Civil Veterinary Dept. Assam report 1911-1927 - 1911-1927
Year: 1911
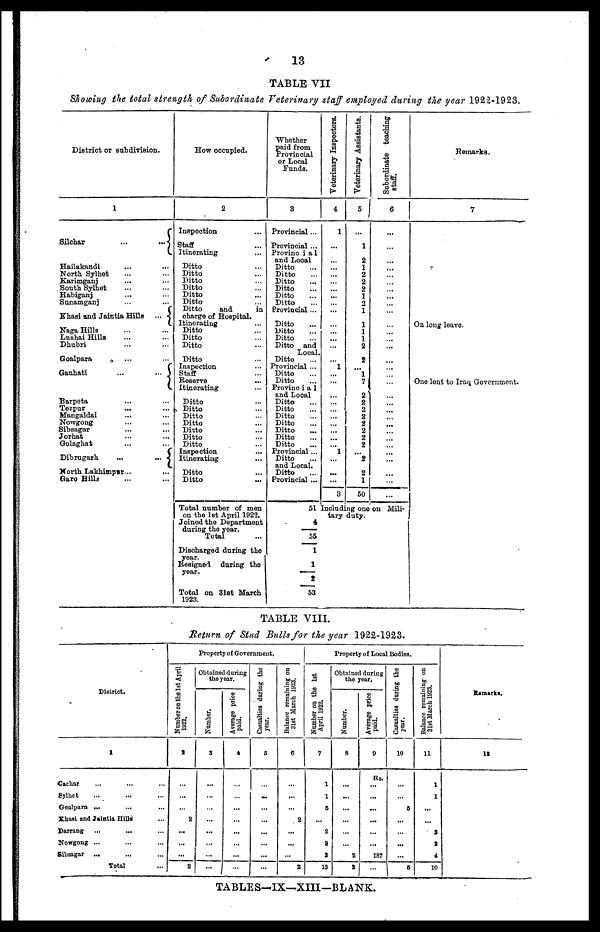
13
TABLE VII
Showing the total strength of Subordinate Veterinary staff employed during the year 1922-1923.
District or subdivision.
1
Silchar
...
...
Hailakandi ... ...
North Sylhet ... ...
Karimganj ... ...
South Sylhet ... ...
Habiganj ... ...
Sunamganj ... ...
Khasi and Jaintia Hills ...
Naga Hills ... ...
Lushai Hills ... ...
Dhubri ... ...
Goalpara ... ...
Gauhati ... ...
Barpeta ... ...
Tezpur
...
...
Mangaldai ... ...
Nowgong ... ...
Sibsagar ... ...
Jorhat ... ...
Golaghat ... ...
Dibrugarh ... ...
North Lakhimpur ... ...
Garo Hills ... ...
How occupied.
2
Inspection ...
Staff ...
Itinerating ...
Ditto ...
Ditto ...
Ditto ...
Ditto ...
Ditto ...
Ditto ...
Ditto
and
in
charge of Hospital.
Itinerating
Ditto ...
Ditto ...
Ditto ...
Ditto ...
Inspection
Staff ...
Reserve ...
Itinerating ...
Ditto ...
Ditto ...
Ditto ...
Ditto ...
Ditto ...
Ditto ...
Ditto ...
Inspection ...
Itinerating ...
Ditto ...
Ditto ...
Total number of men
on the 1st April 1922.
Joined the Department
during the year.
Total
Discharged during the
year.
Resigned during the
year.
Total on 31st March
1923.
Whether
paid from
Provincial
or Local
Funds.
3
Provincial ...
Provincial ...
Provincial
and Local
Ditto ...
Ditto ...
Ditto ...
Ditto ...
Ditto ...
Ditto ...
Provincial ...
Ditto ...
Ditto ...
Ditto ...
Ditto and
Local.
Ditto
Provincial...
Ditto ...
Ditto ...
Provincial
and Local
Ditto ...
Ditto ...
Ditto ...
Ditto ...
Ditto ...
Ditto ...
Ditto ...
Provincial ...
Ditto
and Local.
Ditto ...
Provincial ...
51
4
55
1
1
2
53
Veterinary Inspectors.
4
1
...
...
...
...
...
...
...
...
...
...
...
...
...
... 1
...
...
...
...
...
...
...
...
...
... 1
...
...
...
3
Veterinary Assistants.
5
...
1
2
1
2
2
2
1
2
1
1
1
1
2
2
... 1
7
2
2
2
2
2
2
2
2
... 2
2
1
50
Subordinate teaching
staff.
6
...
...
...
...
...
...
...
...
...
...
...
...
...
...
...
...
...
...
...
...
...
...
...
...
...
...
...
...
... ...
...
...
Including one on Mili-
tary duty.
Remarks.
7
On long leave.
One lent to Iraq Government.
TABLE VIII.
Return of Stud Bulls for the year 1922-1928.
District.
1
Cachar
...
Sylhet
Goalpara ...
...
Khasi and Jaintia Hills
Darrang ...
...
Nowgong ...
Sibsagar ...
...
Total ...
Property of Government.
Number on the 1st April
1922.
2
...
...
...
2
...
...
...
2
Obtained during
the year.
Number.
9
...
...
...
...
...
...
...
...
Average price
paid.
4
...
...
...
...
...
...
...
...
Casualties during the
year.
5
...
...
...
...
...
...
...
...
Balance remaining on
31st March 1923.
6
...
...
...
2
...
...
...
2
Property of Local Bodies.
Number on the 1st
April 1922.
7
1
1
6
...
2
2
2
13
Obtained during
the year.
Number.
8
...
...
...
...
...
...
2
2
Average price
paid.
9
Rs.
...
...
...
...
...
...
187
...
Casualties during the
year.
10
...
...
5
...
...
...
...
6
Balance remaining on
31st March 1923.
11
1
1
...
...
2
2
4
10
Remarks.
12
TABLES—IX—XIII-BLANK.